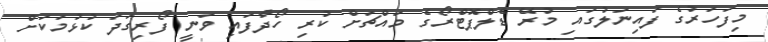
މިފަހަރުގެ ފައިނަލުގައި މުރޭ ޑެލްޕޮޓްރޯގެ މައްޗަށް ކުރި ހޯދާފައި ވަނީ ފޯރިގަދަ ކުޅުމަކަށް